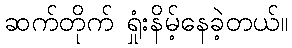
ဆက်တိုက် ရှုံးနိမ့်နေခဲ့တယ်။